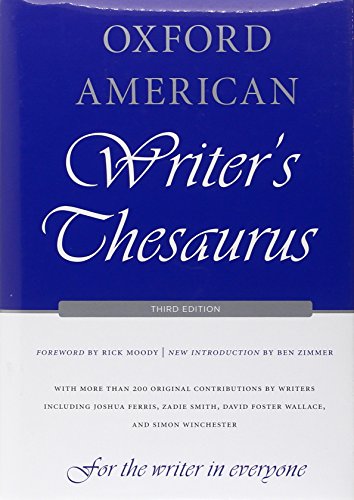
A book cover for Oxford American Writer's Thesaurus; David Auburn; Reference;